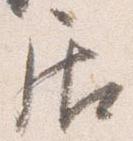
居